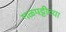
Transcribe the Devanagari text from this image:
गळपट्टीच्या